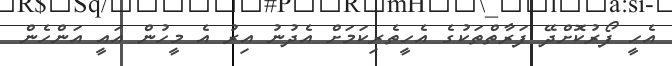
އެހީ ފޯރުކޮށްދޭ ފަރާތްތަކުގެ އެހީތެރިކަމަށް އެދުނު އިރު އެ މީހުން އައީ އަންހެން